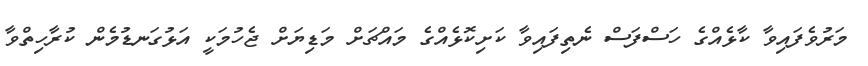
މަރުވެފައިވާ ކާޅެއްގެ ހަސްފަސް ނެތިފައިވާ ކަށިކޮޅެއްގެ މައްޗަށް މަޑިޔަށް ޖެހުމަކީ އަޅުގަނޑުމެން ކުރާހިތްވާ